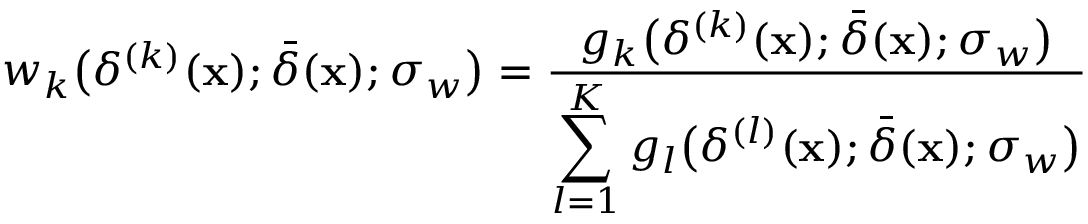
w _ { k } \bigl ( \delta ^ { ( k ) } ( \mathbf { x } ) ; \bar { \delta } ( \mathbf { x } ) ; \sigma _ { w } \bigr ) = \frac { g _ { k } \bigl ( \delta ^ { ( k ) } ( \mathbf { x } ) ; \bar { \delta } ( \mathbf { x } ) ; \sigma _ { w } \bigr ) } { \displaystyle \sum _ { l = 1 } ^ { K } g _ { l } \bigl ( \delta ^ { ( l ) } ( \mathbf { x } ) ; \bar { \delta } ( \mathbf { x } ) ; \sigma _ { w } \bigr ) }